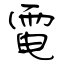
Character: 電